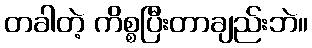
တခါတဲ့ ကိစ္စပြီးတာချည်းဘဲ။